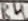
Text: R4